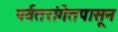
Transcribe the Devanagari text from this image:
पर्वतरांगेतपासून